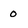
Character: 0